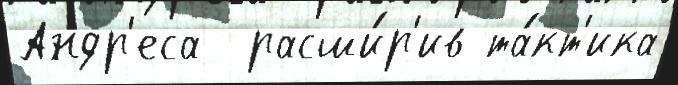
Андр'еса  расши́р'ив та́кт'ика